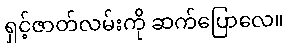
ရှင့်ဇာတ်လမ်းကို ဆက်ပြောလေ။